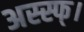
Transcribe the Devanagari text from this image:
अस्स्फ्।